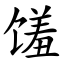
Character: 馐